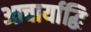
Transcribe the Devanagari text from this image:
आचार्याद्धि